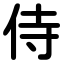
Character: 侍